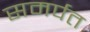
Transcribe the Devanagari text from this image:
समर्पत